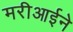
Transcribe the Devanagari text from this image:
मरीआईने